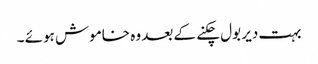
بہت دیر بول چکنے کے بعد وہ خاموش ہوئے ۔